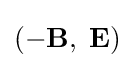
(-\mathbf {B} ,\;\mathbf {E} )